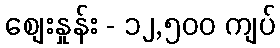
စျေးနှုန်း - ၁၂,၅၀၀ ကျပ်